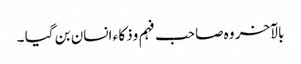
بالآخر وہ صاحب فہم وذکا ء انسان بن گیا ۔